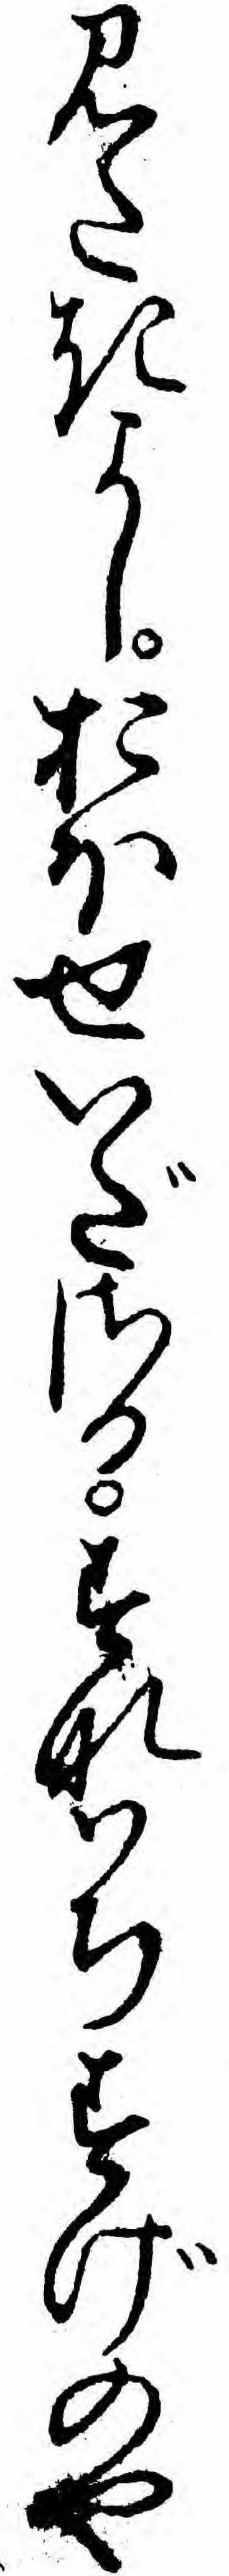
見たきよしおほせいださるすなハちしげのや